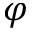
\varphi